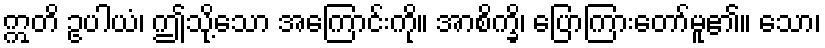
ဣတိ ဥပါယံ၊ ဤသို့သော အကြောင်းကို။ အာစိက္ခိ၊ ပြောကြားတော်မူ၏။ သော၊